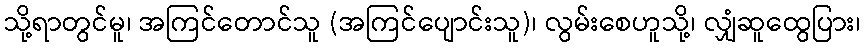
သို့ရာတွင်မူ၊ အကြင်တောင်သူ (အကြင်ပျောင်းသူ)၊ လွမ်းစေဟူသို့၊ လျှံဆူထွေပြား၊